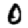
Digit: 0